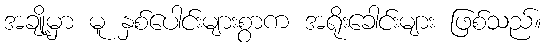
အချို့မှာ မူ နှစ်ပေါင်းများစွာက အရိုးခေါင်းများ ဖြစ်သည်။